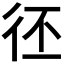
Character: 𢓖